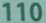
110